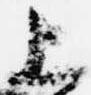
上